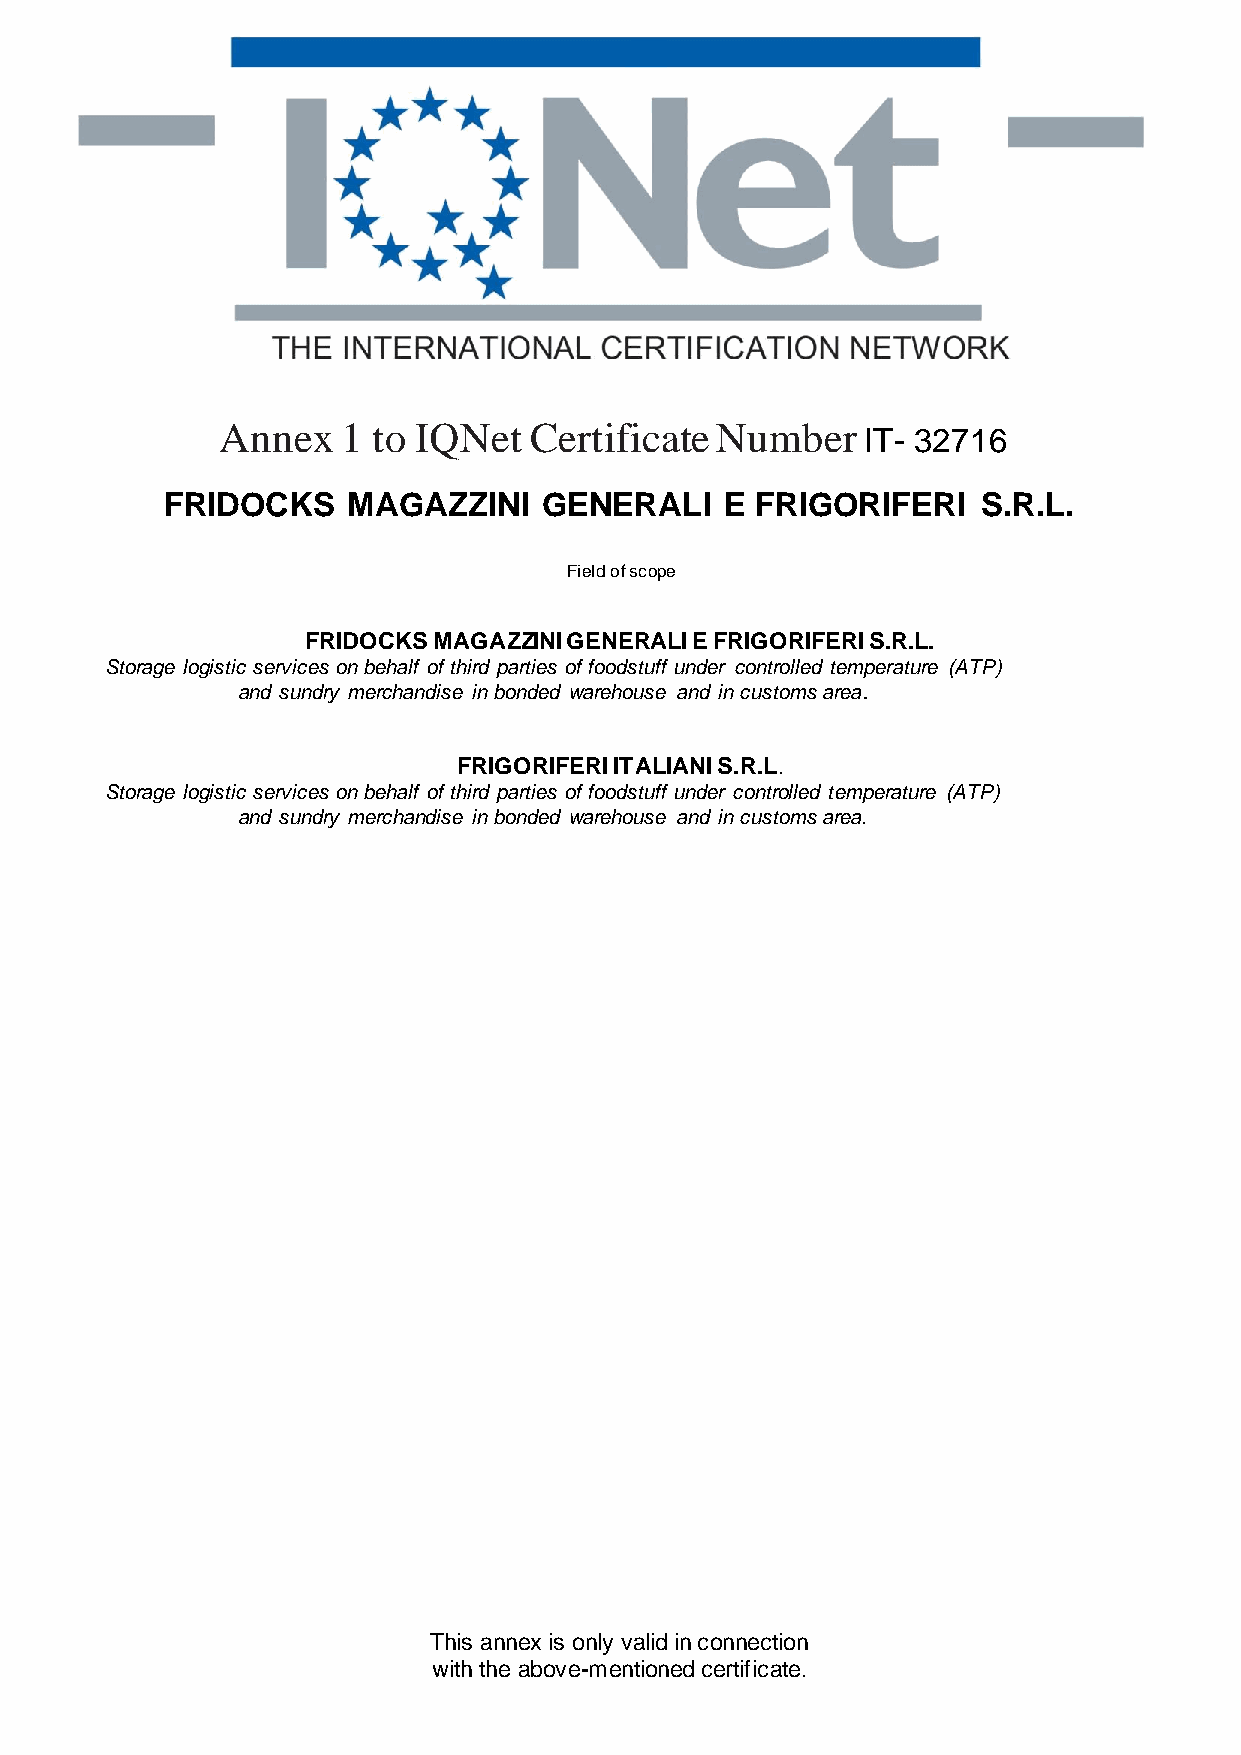
Annex    1 to IQNet  Certificate Number
 IT- 32716
 FRIDOCKS    MAGAZZINI    GENERALI    E FRIGORIFERI    S.R.L.
 Field of scope
 FRIDOCKS MAGAZZINI GENERALI E FRIGORIFERI S.R.L.
 Storage logistic services on behalf of third parties of foodstuff under controlled temperature (ATP)
 and sundry merchandise in bonded warehouse and in customs area.
 FRIGORIFERI ITALIANI S.R.L.
 Storage logistic services on behalf of third parties of foodstuff under controlled temperature (ATP)
 and sundry merchandise in bonded warehouse and in customs area.
 This annex is only valid in connection
 with the above-mentioned certificate.